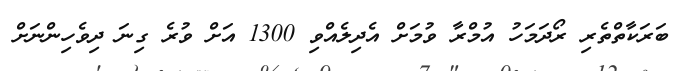
ބަރަކާތްތެރި ރޯދަމަހު އުމްރާ ވުމަށް އެދިލެއްވި 1300 އަށް ވުރެ ގިނަ ދިވެހިންނަށް